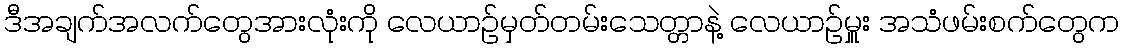
ဒီအချက်အလက်တွေအားလုံးကို လေယာဉ်မှတ်တမ်းသေတ္တာနဲ့ လေယာဉ်မှူး အသံဖမ်းစက်တွေက